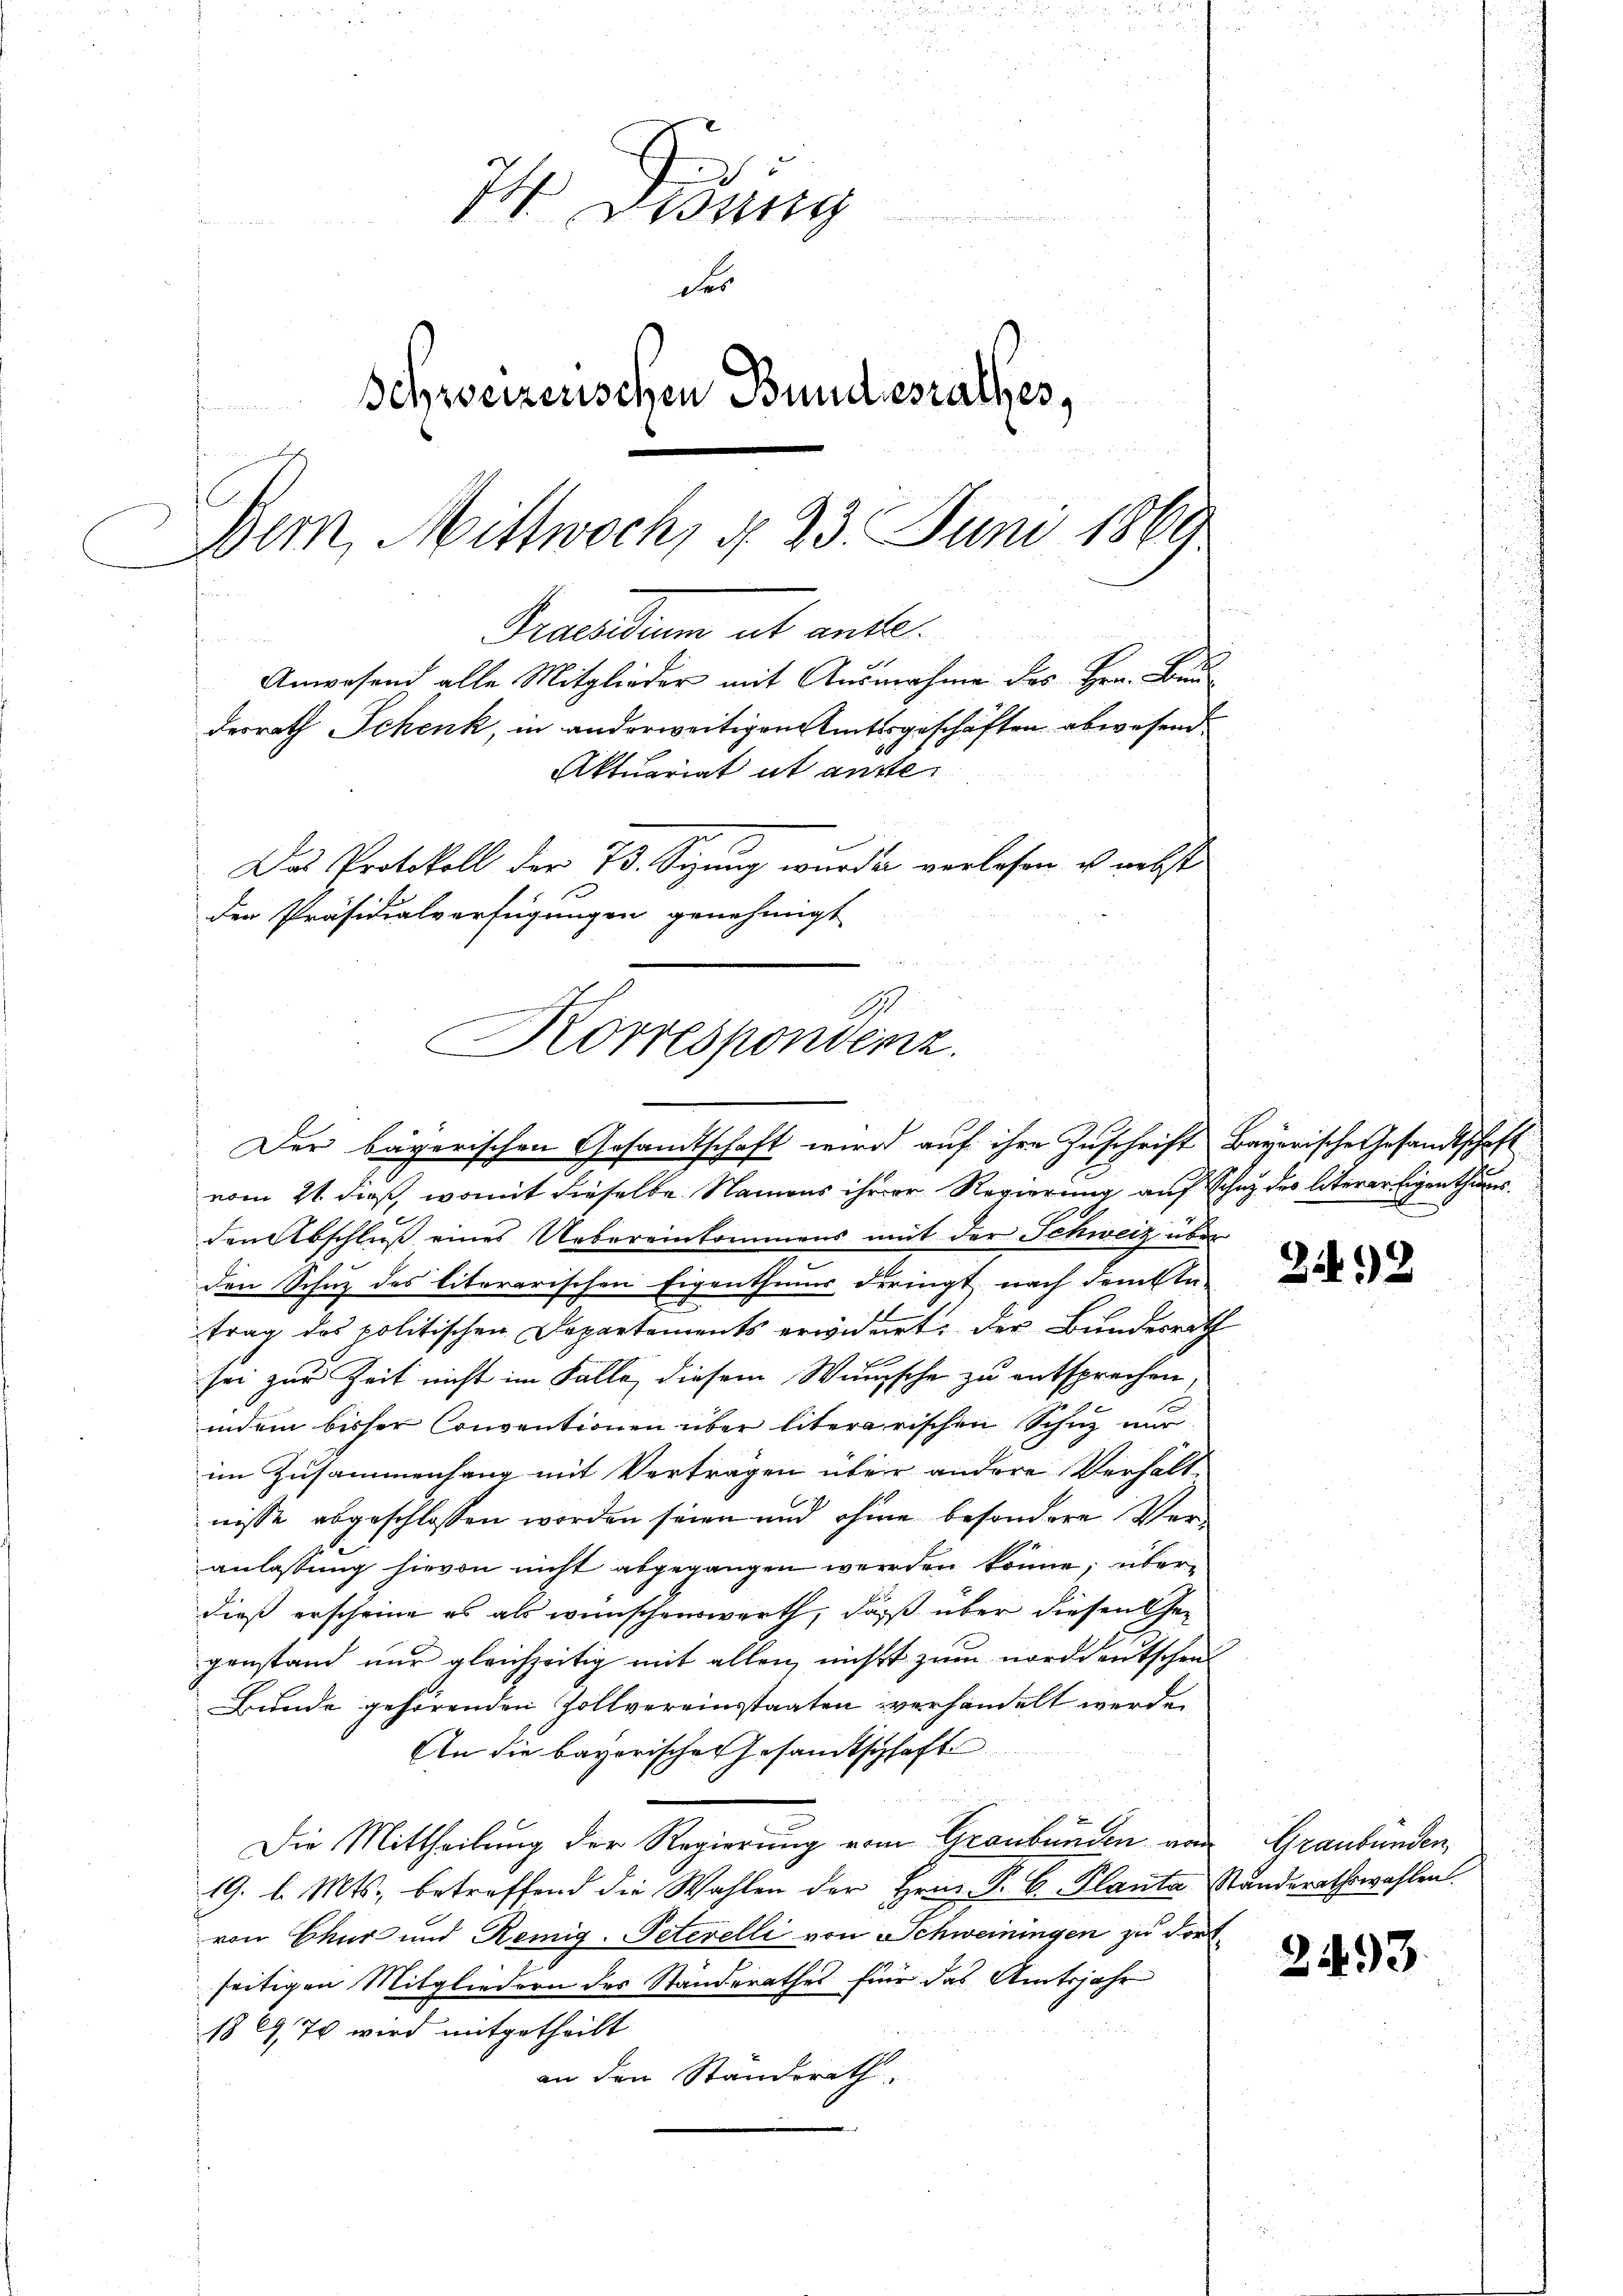
74 Didung
des
Schweizerischen Bundesrathes,
Bern, Mittwoch, d. 23. Juni 1869
Praesidum ab ande.
Anwesend alle Mitglieder mit Ausnahme des Hrn. Baudesrath Schenk, in anderweitigen Amtsgeschäften abwesend
Aktuariat ut anste¬
Das Protokoll der 73. Sepung wurde verlesen, u. nebst
der Präsidialverfügungen genehmigt.

Korrespondenz
Der bayerischen Gesandtschaft wird auf ihre Zuschrift Bayerische Gesandtschaft

vom 21. dieß, womit dieselbe Namens ihrer Regierung auf Schutz des literer Eigenthures
den Abschluß eines Uebereinkommens mit der Schweiz über
den Schutz des literarischen Eigenthums dringt nach denkta-
trag des politischen Departements erwidert, der Bundesrath
sei zur Zeit nicht im Falle, diesem Wunsche zu entsprechen
indem bisher Conventionen über literarischen Schuz nur
im Zusammenhang mit Vertragen über andere Verhält-
nisse abgeschlossen worden seien und ohne besondere Veranlassung hievon nicht abgegangen werden könne; überdieß erscheine es als wünschenswerth, daß über diesen Gegenstand nur gleichzeitig mit allen nichts zum norddeutschen
Bunde gehörenden Zollvereinsstaaten verhandelt werde.
An die bayerischen Gesandtschaft
Die Mittheilung der Regierung vom Graubünden von
19. d. Mts. betreffend die Wahlen der Hrn. P. C. Planta Standerathswahlen.
von Chur und Remig. Peterelli von Schweiningen zu dort
seitigen Mitgliedern des Standerathes für das Amtsjahr
18976 wird mitgetheilt
an den Standerath.

242

Graubünden

2493.